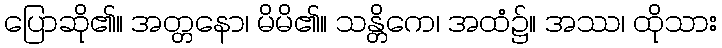
ပြောဆို၏။ အတ္တနော၊ မိမိ၏။ သန္တိကေ၊ အထံ၌။ အဿ၊ ထိုသား